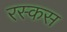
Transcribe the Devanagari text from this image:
रस्कस